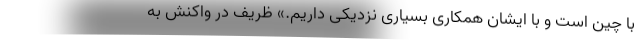
با چین است و با ایشان همکاری بسیاری نزدیکی داریم.» ظریف در واکنش به